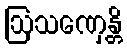
ဩသဏှေန္တိ